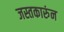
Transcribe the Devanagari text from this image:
जस्तकारुंन